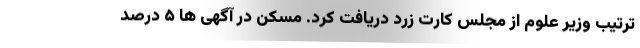
ترتیب وزیر علوم از مجلس کارت زرد دریافت کرد. مسکن در آگهی ها ۵ درصد